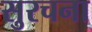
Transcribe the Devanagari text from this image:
सुरचना